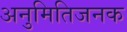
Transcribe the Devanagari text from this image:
अनुमितिजनक